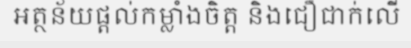
អត្ថន័យផ្តល់កម្លាំងចិត្ត និងជឿជាក់លើ